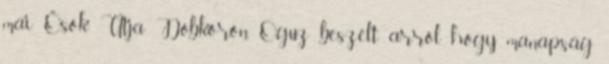
mai Ősök Útja Dobkörön Oguz beszélt arról, hogy manapság